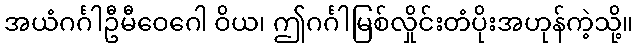
အယံဂင်္ဂါဦမီဝေဂေါ ဝိယ၊ ဤဂင်္ဂါမြစ်လှိုင်းတံပိုးအဟုန်ကဲ့သို့။